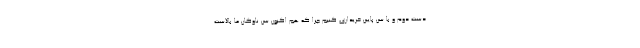
دست دوم و با سن پایین خریداری کنیم چرا که هم اکنون سن ناوگان ما بالاست